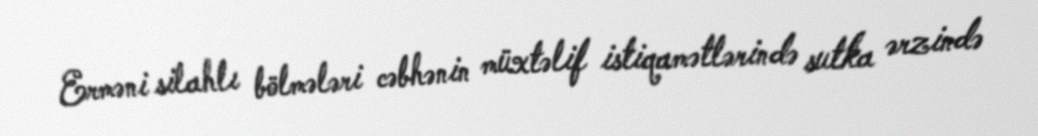
Erməni silahlı bölmələri cəbhənin müxtəlif istiqamətlərində sutka ərzində